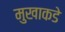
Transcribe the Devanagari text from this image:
मुखाकडे